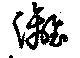
灕